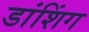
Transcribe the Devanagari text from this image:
डांशिंग